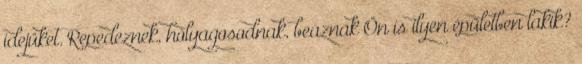
idejüket. Repedeznek, hólyagosodnak, beáznak Ön is ilyen épületben lakik?